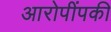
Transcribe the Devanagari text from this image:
आरोपींपकी